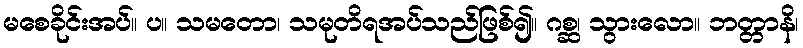
မစေခိုင်းအပ်။ ပ။ သမတော၊ သမုတိရအပ်သည်ဖြစ်၍။ ဂစ္ဆ၊ သွားလော။ ဘတ္တာနိ၊